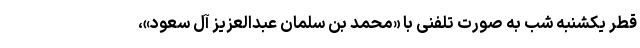
قطر یکشنبه شب به صورت تلفنی با «محمد بن سلمان عبدالعزیز آل سعود»،